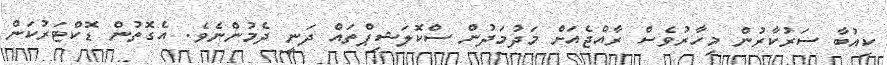
ކިއުބާ ސަރުކާރުން މިހާރުވެސް ރާއްޖެއަށް މަދުމަދުން ސްކޮލަޝިޕްތައް ދަނީ ދެމުންނެވެ. އެގޮތުން ޑޮކްޓަރުކަން